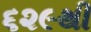
૬૨૯થી